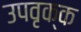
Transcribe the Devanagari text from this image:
उपवृक्क